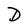
Character: D